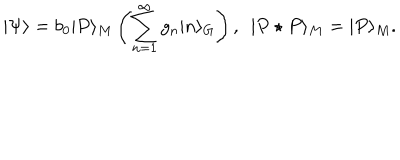
| \Psi \rangle = b _ { 0 } | P \rangle _ { M } \left( \sum _ { n = 1 } ^ { \infty } g _ { n } | n \rangle _ { G } \right) , \ \ | P \star P \rangle _ { M } = | P \rangle _ { M } .